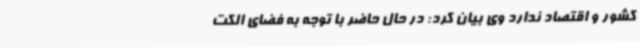
کشور و اقتصاد ندارد وی بیان کرد: در حال حاضر با توجه به فضای الکت